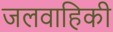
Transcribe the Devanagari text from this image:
जलवाहिकी